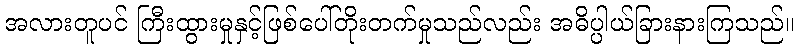
အလားတူပင် ကြီးထွားမှုနှင့်ဖြစ်ပေါ်တိုးတက်မှုသည်လည်း အဓိပ္ပါယ်ခြားနားကြသည်။